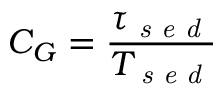
C _ { G } = \frac { \tau _ { \textit { s e d } } } { T _ { \textit { s e d } } }